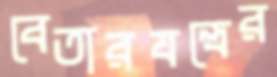
বেতারযন্ত্রের